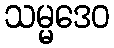
သမ္မဒေဝ